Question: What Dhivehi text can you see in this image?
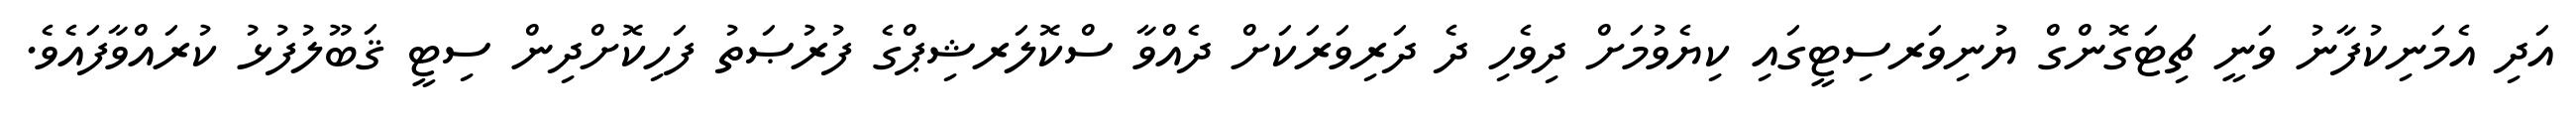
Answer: އަދި އެމަނިކުފާނު ވަނީ ޗިޓަގޮންގް ޔުނިވަރސިޓީގައި ކިޔެވުމަށް ދިވެހި ދެ ދަރިވަރަކަށް ދެއްވާ ސްކޮލަރޝިޕްގެ ފުރުޞަތު ފަހިކޮށްދިން ސިޓީ ޤަބޫލުފުޅު ކުރައްވާފައެވެ.